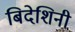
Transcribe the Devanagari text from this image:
बिदेशिनी